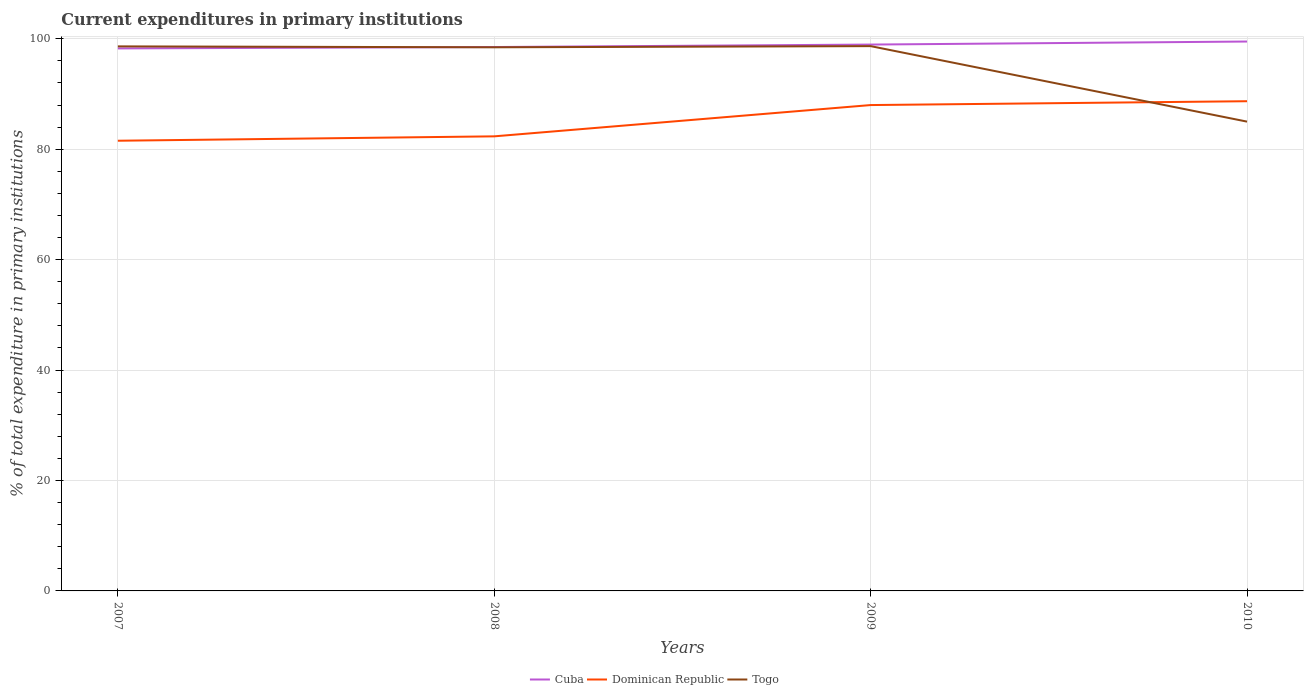
| Years | Cuba | Dominican Republic | Togo |
 | --- | --- | --- | --- |
 | 2007 | 98.3 | 81.5 | 98.6 |
 | 2008 | 98.5 | 82.3 | 98.5 |
 | 2009 | 99 | 88 | 98.7 |
 | 2010 | 99.5 | 88.7 | 85 |